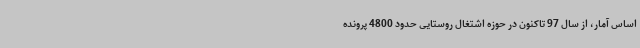
اساس آمار، از سال 97 تاکنون در حوزه اشتغال روستایی حدود 4800 پرونده